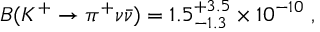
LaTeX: B ( K ^ { + } \to \pi ^ { + } \nu \bar { \nu } ) = 1 . 5 _ { - 1 . 3 } ^ { + 3 . 5 } \times 1 0 ^ { - 1 0 } \; ,